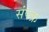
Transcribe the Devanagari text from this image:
संपक्र